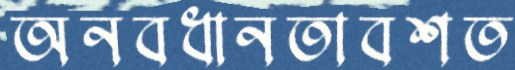
অনবধানতাবশত